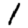
Digit: 1